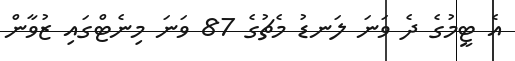
އެ ޓީމުގެ ދެ ވަނަ ލަނޑު މެޗުގެ 87 ވަނަ މިނެޓްގައި ޒުވާން